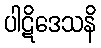
ပါဋိဒေသနိ